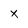
Character: X